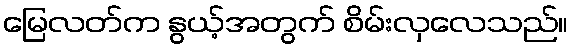
မြေလတ်က နွယ့်အတွက် စိမ်းလှလေသည်။